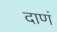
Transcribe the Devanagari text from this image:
दाणं